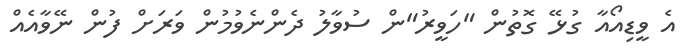
އެ ވީޑިއޯއާ ގުޅޭ ގޮތުން "ހަވީރު"ން ސުވާލު ދެންނެވުމުން ވަރަށް ފުން ނޭވާއެއް